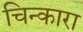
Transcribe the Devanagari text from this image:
चिन्कारा